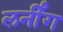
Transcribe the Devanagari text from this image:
लर्नींग